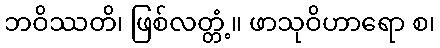
ဘဝိဿတိ၊ ဖြစ်လတ္တံ့။ ဖာသုဝိဟာရော စ၊